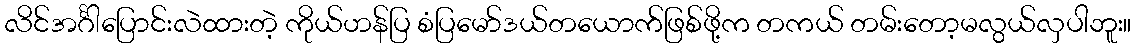
လိင်အင်္ဂါပြောင်းလဲထားတဲ့ ကိုယ်ဟန်ပြ စံပြမော်ဒယ်တယောက်ဖြစ်ဖို့က တကယ် တမ်းတော့မလွယ်လှပါဘူး။